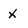
Character: x